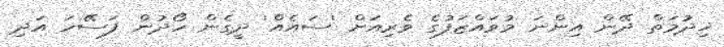
ޚިދުމަތް ދޭން އިންނަ މުވައްޒަފުގެ ވެރިއަށް 'ސައެއް' ދީގެން ހޯދުން ފަސޭހަ އަދި